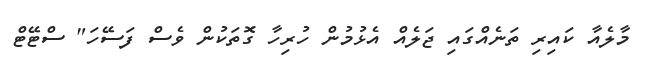
މާލެއާ ކައިރި ތަނެއްގައި ޖަލެއް އެޅުމުން ހުރިހާ ގޮތަކުން ވެސް ފަސޭހަ" ސްޓޭޓް